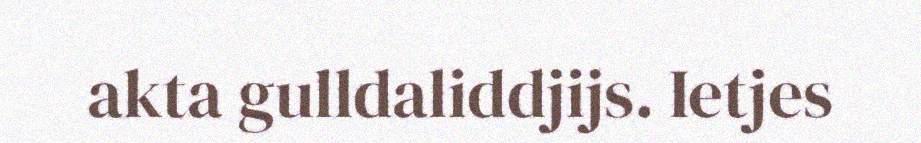
akta gulldaliddjijs. Ietjes